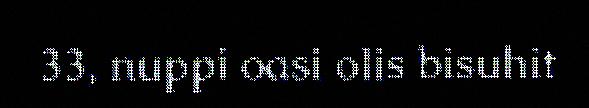
33, nuppi oasi olis bisuhit